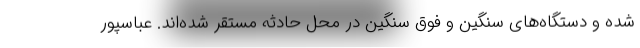
شده و دستگاه‌های سنگین و فوق سنگین در محل حادثه مستقر شده‌اند. عباسپور